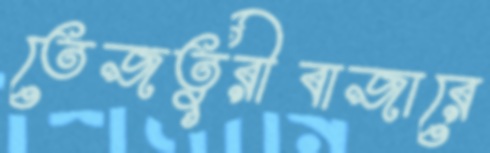
তেজতুরীবাজারে